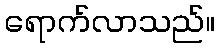
ရောက်လာသည်။